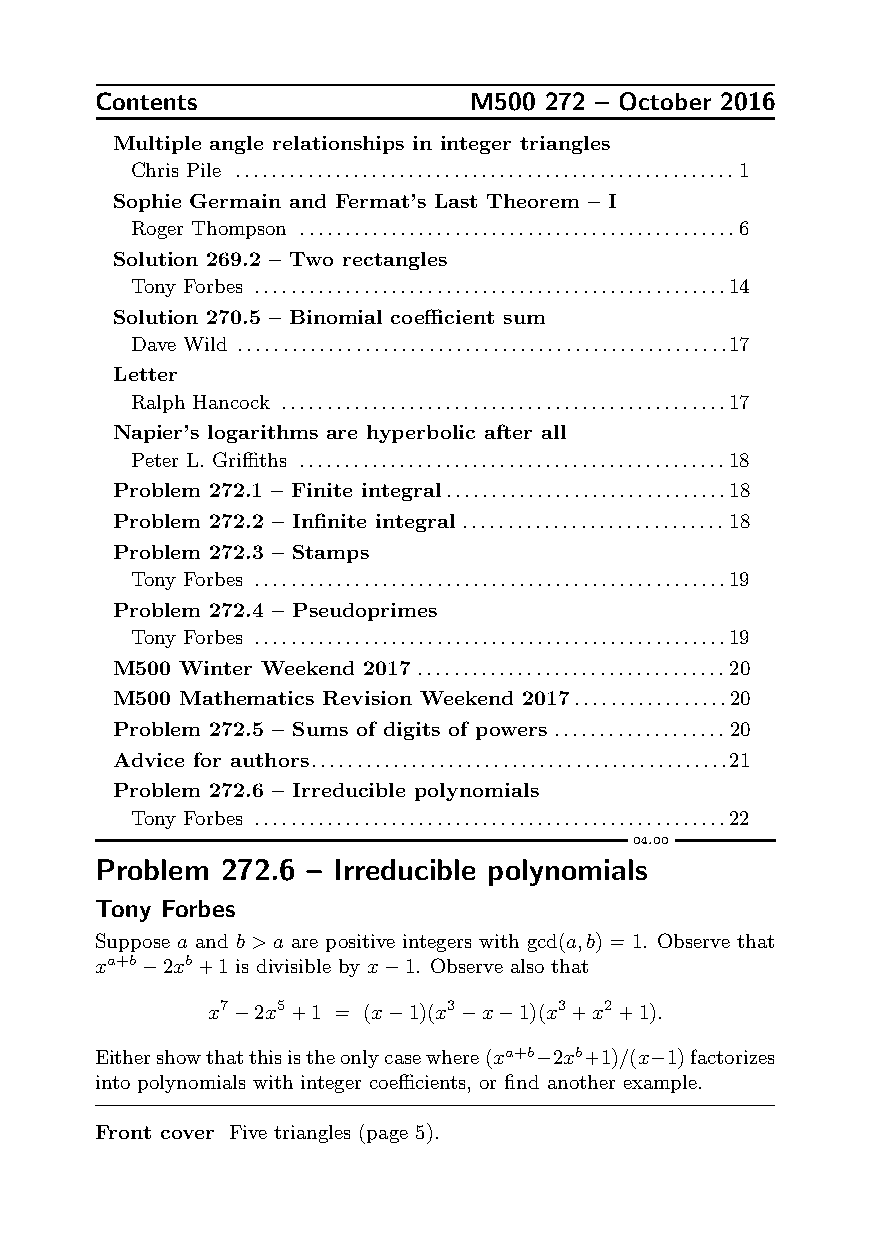
Contents                 M500 272 – October 2016
 Multiple angle relationships in integer triangles
 Chris Pile .......................................................1
 Sophie Germain and Fermat’s Last Theorem – I
 Roger Thompson ................................................6
 Solution 269.2 – Two rectangles
 Tony Forbes ....................................................14
 Solution 270.5 – Binomial coefficient sum
 Dave Wild ......................................................17
 Letter
 Ralph Hancock .................................................17
 Napier’s logarithms are hyperbolic after all
 Peter L. Griffiths ...............................................18
 Problem 272.1 – Finite integral...............................18
 Problem 272.2 – Infinite integral.............................18
 Problem 272.3 – Stamps
 Tony Forbes ....................................................19
 Problem 272.4 – Pseudoprimes
 Tony Forbes ....................................................19
 M500 Winter Weekend 2017..................................20
 M500 Mathematics Revision Weekend 2017.................20
 Problem 272.5 – Sums of digits of powers...................20
 Advice for authors..............................................21
 Problem 272.6 – Irreducible polynomials
 Tony Forbes ....................................................22
 04.00
 Problem  272.6 – Irreducible polynomials
 Tony Forbes
 Suppose a and b>a are positive integers with gcd(a,b)=1. Observe that
 xa+b−2xb+1 is divisible by x−1. Observe also that
 x7−2x5+1 = (x−1)(x3−x−1)(x3+x2+1).
 Eithershowthatthisistheonlycasewhere(xa+b−2xb+1)/(x−1)factorizes
 into polynomials with integer coefficients, or find another example.
 Front cover Five triangles (page 5).